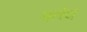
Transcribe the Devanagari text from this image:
मारेथ